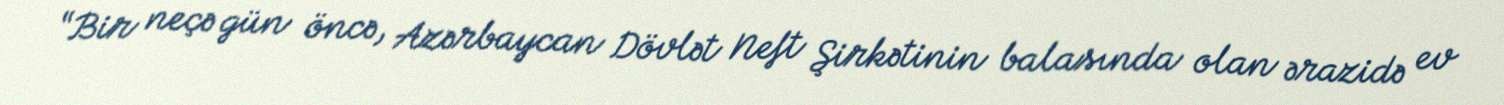
“Bir neçə gün öncə, Azərbaycan Dövlət Neft Şirkətinin balasında olan ərazidə ev